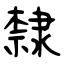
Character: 隸